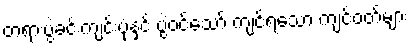
တရားပွဲခင်းကျင်းပုံနှင့် ပွဲဝင်သော် ကျင့်ရသော ကျင့်ဝတ်များ